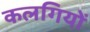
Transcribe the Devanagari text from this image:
कलगियों